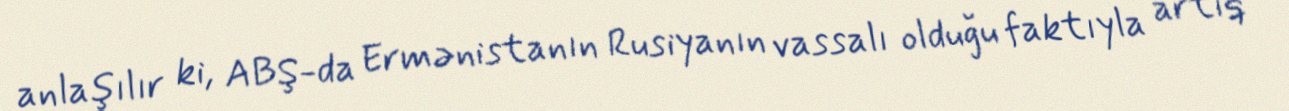
anlaşılır ki, ABŞ-da Ermənistanın Rusiyanın vassalı olduğu faktıyla artıq